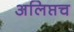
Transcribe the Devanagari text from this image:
अलिप्तच